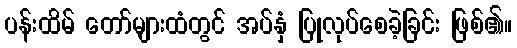
ပန်းထိမ် တော်များထံတွင် အပ်နှံ ပြုလုပ်စေခဲ့ခြင်း ဖြစ်၏။